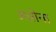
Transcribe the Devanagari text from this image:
अन्नोना